Summary of further report on surra
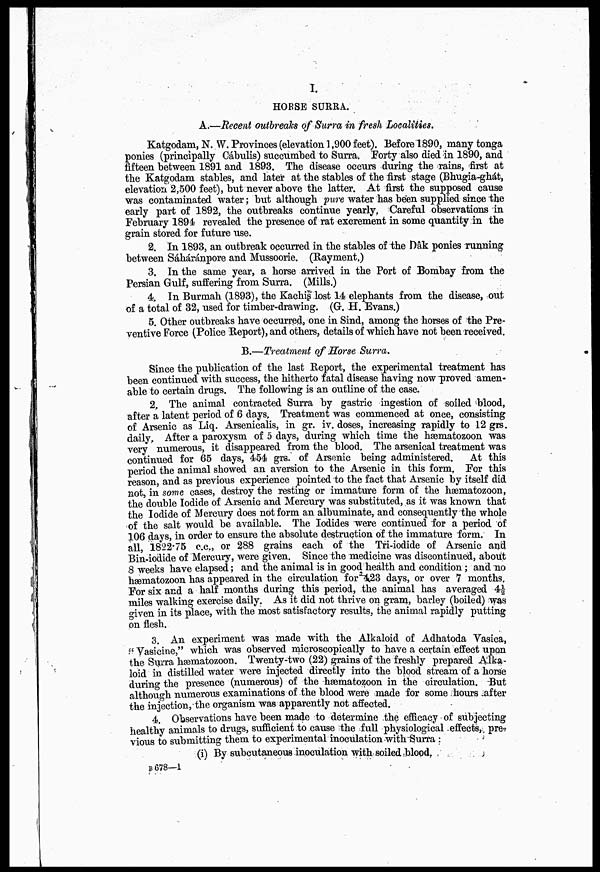
I.
HORSE SURRA.
A.—Recent outbreaks of Surra in fresh Localities.
Katgodam, N. W. Provinces (elevation 1,900 feet). Before 1890, many tonga
ponies (principally Cábulis) succumbed to Surra. Forty also died in 1890, and
fifteen between 1891 and 1893. The disease occurs during the rains, first at
the Katgodam stables, and later at the stables of the first stage (Bhugia-ghát,
elevation 2,500 feet), but never above the latter. At first the supposed cause
was contaminated water; but although 'pure water has been supplied since the
early part of 1892, the outbreaks continue yearly, Careful observations in
February 1894 revealed the presence of rat excrement in some quantity in the
grain stored for future use.
2. In 1893, an outbreak occurred in the stables of the Dák ponies running
between Sâháránpore and Mussoorie. (Rayment.)
3. In the same year, a horse arrived in the Port of Bombay from the
Persian Gulf, suffering from Surra. (Mills.)
4. In Burmah (1893), the Kachis lost 14 elephants from the disease, out
of a total of 32, used for timber-drawing. (G, H. Evans.)
5. Other outbreaks have occurred, one in Sind, among the horses of the Pre-
ventive Force (Police Report), and others, details of which have not been received.
B.—Treatment of Horse Surra.
Since the publication of the last Report, the experimental treatment has
been continued with success, the hitherto fatal disease having now proved amen-
able to certain drugs. The following is an outline of the case.
2. The animal contracted Surra by gastric ingestion of soiled Mood,
after a latent period of 6 days, Treatment was commenced at once, consisting
of Arsenic as Liq. Arsenicalis, in gr. iv. doses, increasing rapidly to 12 grs.
daily. After a paroxysm of 5 days, during which time the hæmatozoon was
very numerous, it disappeared from the blood, The arsenical treatment was
continued for 65 days, 454 grs." of Arsenic being administered.
At this
period the animal showed an aversion to the Arsenic in this form, For this
reason, and as previous experience pointed to the fact that Arsenic by itself did
not, in some cases, destroy the resting or immature form of the hæmatozoon,
the double Iodide of Arsenic and Mercury was substituted, as it was known that
the Iodide of Mercury does not form an albuminate, and consequently the whole
of the salt would be available. The Iodides "were continued for a period of
106 days, in order to ensure the absolute destruction of the immature form. In
all, 1822.75 c.c, or 288 grains each of the Tri-iodide of Arsenic and
Bin-iodide of Mercury, were given. Since the medicine was discontinued, about
8 weeks have elapsed; and the animal is in good health and condition; and no
hæmatozoon has appeared in the circulation for 423 days, or over 7 months,
For six and a half months during this period, the animal has averaged 4½
miles walking exercise daily. As it did not thrive on gram, barley (boiled) was
given in its place, with the most satisfactory results, the animal rapidly putting
on flesh.
3. An experiment was made with the Alkaloid of Adhatoda Vasica,
" Vasicine," which was observed microscopically to have a certain effect upon
the. Surra hæmatozoon. Twenty-two (22) grains of the freshly prepared Alka-
loid in distilled water were injected directly into the blood stream of a horse
during the presence (numerous) of the hæmatozoon in the circulation. But
although numerous examinations of the blood were made for some hours after
the injection, the organism was apparently not affected.
4. Observations have been made to determine the efficacy of subjecting
healthy animals to drugs, sufficient to cause the full physiological effects, pre-
vious to submitting them to experimental inoculation with Surra :
(i) By subcutaneous inpculation with soiled blood.
B 678—1